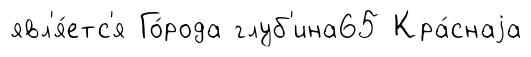
явл'я́етс'я Го́рода глуб'ина65 Кра́снаjа